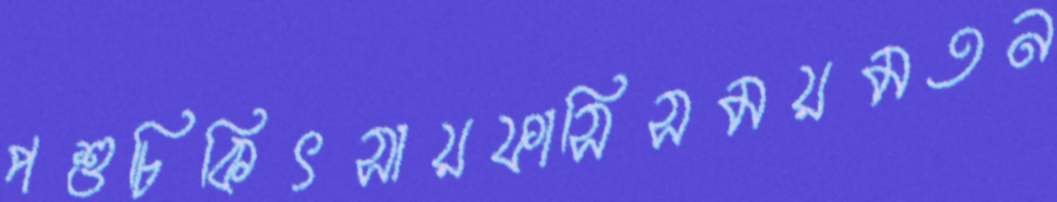
পশুচিকিৎসায়ফাসিসময়মতন